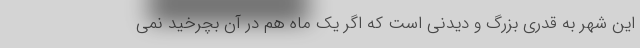
این شهر به قدری بزرگ و دیدنی است که اگر یک ماه هم در آن بچرخید نمی